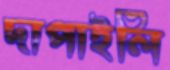
দাপাইলি